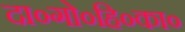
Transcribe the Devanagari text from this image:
दा०गो०हि०का०